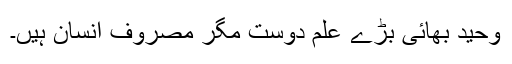
وحید بھائی بڑے علم دوست مگر مصروف انسان ہیں۔